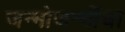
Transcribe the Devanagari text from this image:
जन्मोजन्मींचा